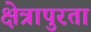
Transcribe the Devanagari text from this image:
क्षेत्रापुरता